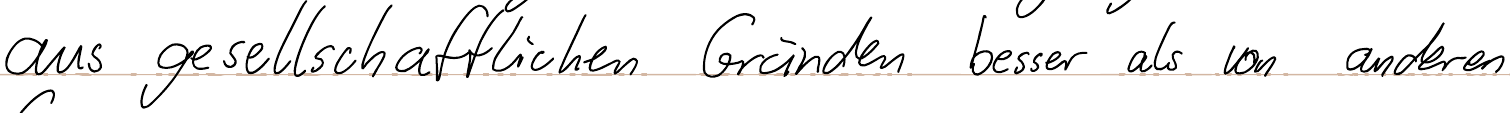
aus gesellschaftlichen Gründen besser als von anderen